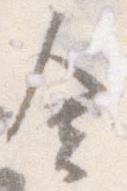
舎